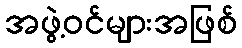
အဖွဲ့ဝင်များအဖြစ်